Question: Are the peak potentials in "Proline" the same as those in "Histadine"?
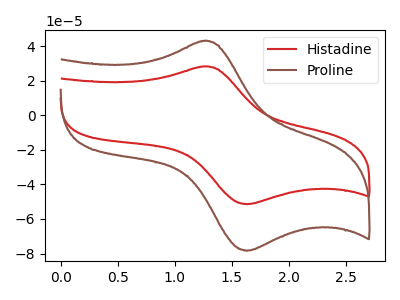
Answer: <think>The red curve "Histadine" has an anodic peak at (1.25V, 28.20uA) and a cathodic peak at (1.65V, -51.45uA). The brown curve "Proline" has an anodic peak at (1.25V, 43.00uA) and a cathodic peak at (1.65V, -78.40uA).</think>
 <answer>Yes, "Proline" have a peak in "Histadine" at the same potential.</answer>
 <eval>match</eval>